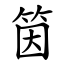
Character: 筃